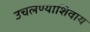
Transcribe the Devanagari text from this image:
उचलण्याशिवाय